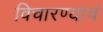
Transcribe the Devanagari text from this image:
विचारण्याचं